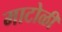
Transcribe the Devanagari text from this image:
माटोळी